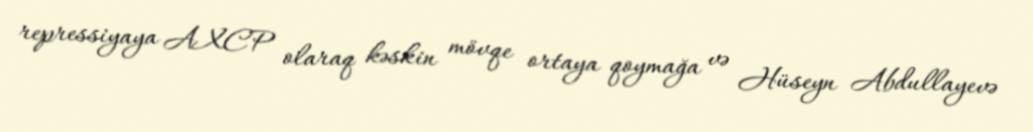
repressiyaya AXCP olaraq kəskin mövqe ortaya qoymağa və Hüseyn Abdullayevə